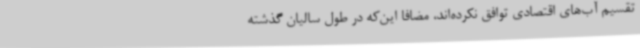
تقسیم آب‌های اقتصادی توافق نکرده‌اند، مضافا این‌که در طول سالیان گذشته